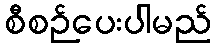
စီစဉ်ပေးပါမည်